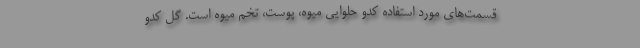
قسمت‌های مورد استفاده کدو حلوایی میوه، پوست، تخم میوه است. گل کدو